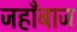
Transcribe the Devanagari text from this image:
जहाँबाज